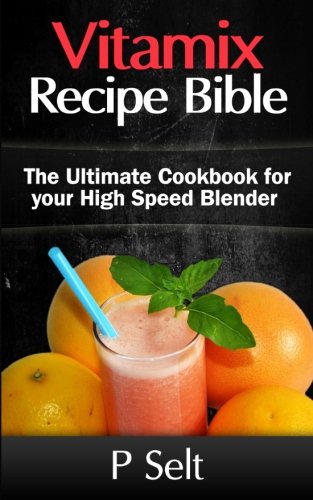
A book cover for Vitamix Recipe Bible: The Ultimate Cookbook for your High Speed Blender; P Selt; Cookbooks, Food & Wine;